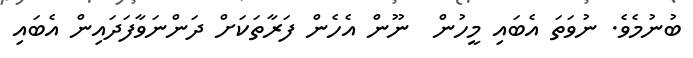
ބުނުމެވެ. ނުވަތަ އެބައި މީހުން  ނޫން އެހެން ފަރާތަކަށް ދަންނަވާފަދައިން އެބައި